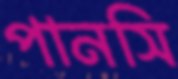
পানসি